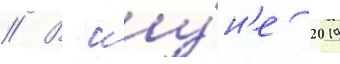
// В иу́н'е 2019